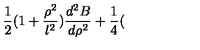
\frac { 1 } { 2 } ( 1 + \frac { \rho ^ { 2 } } { l ^ { 2 } } ) \frac { d ^ { 2 } B } { d \rho ^ { 2 } } + \frac { 1 } { 4 } (